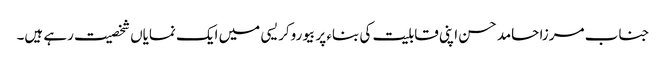
جناب مرزا حامد حسن اپنی قابلیت کی بناء پر بیوروکریسی میں ایک نمایاں شخصیت رہے ہیں۔